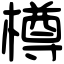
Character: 樽